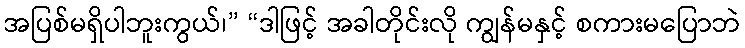
အပြစ်မရှိပါဘူးကွယ်၊” “ဒါဖြင့် အခါတိုင်းလို ကျွန်မနှင့် စကားမပြောဘဲ